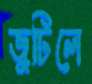
জুটিলে